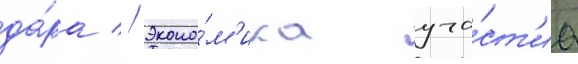
да́ра // Эконо́м'ика уча́ст'иа